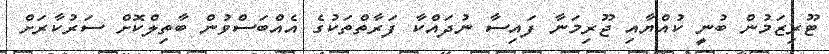
ޓޫރިޒަމުން ބުނީ ކުއްޔާއި ޖޫރިމަނާ ފައިސާ ނުދައްކާ ފަރާތްތަކުގެ އެއްބަސްވުން ބާތިލްކޮށް ސަރުކާރަށް